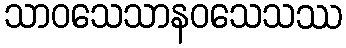
သာဝသေသာနဝသေသဿ